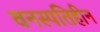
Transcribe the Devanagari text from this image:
वनस्‍पतिहीन